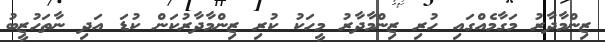
ޒިންމާދާރު މަގާމެއްގައި ހުރި ޒިންމާދާރު މީހަކު ކުރި ޒިންމާދާރުކަން ކުޑަ އަދި ނާތަހުޒީބު